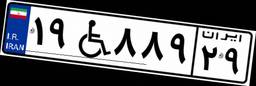
۱۹W۸۸۹۲۹